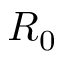
R _ { 0 }